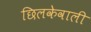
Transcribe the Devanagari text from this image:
छिलकेवाली